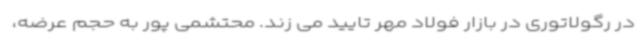
در رگولاتوری در بازار فولاد مهر تایید می زند. محتشمی پور به حجم عرضه،